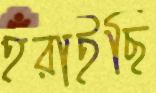
হরাইছি